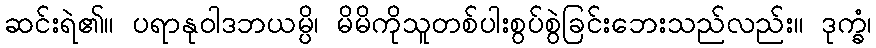
ဆင်းရဲ၏။ ပရာနုဝါဒဘယမ္ပိ၊ မိမိကိုသူတစ်ပါးစွပ်စွဲခြင်းဘေးသည်လည်း။ ဒုက္ခံ၊